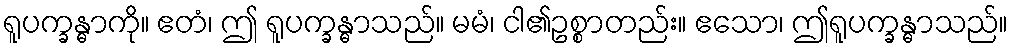
ရူပက္ခန္ဓာကို။ ဧတံ၊ ဤ ရူပက္ခန္ဓာသည်။ မမံ၊ ငါ၏ဥစ္စာတည်း။ ဧသော၊ ဤရူပက္ခန္ဓာသည်။